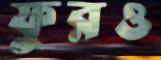
ফুরও